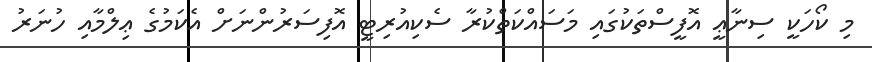
މި ކޯހަކީ ސިނާޢީ އޮފީސްތަކުގައި މަސައްކަތްކުރާ ސެކިއުރިޓީ އޮފިސަރުންނަށް އެކަމުގެ ޢިލްމާއި ހުނަރު